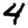
Digit: 4